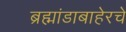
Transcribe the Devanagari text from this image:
ब्रह्मांडाबाहेरचे